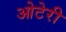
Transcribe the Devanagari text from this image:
ओटेरी